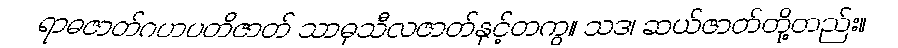
ရာဓဇာတ်ဂဟပတိဇာတ် သာဓုသီလဇာတ်နှင့်တကွ။ သဒ၊ ဆယ်ဇာတ်တို့တည်း။